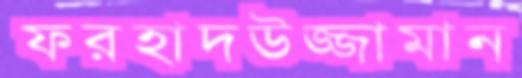
ফরহাদউজ্জামান